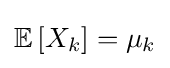
\mathbb {E} \,[X_{k}]=\mu _{k}